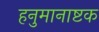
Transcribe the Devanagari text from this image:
हनुमानाष्टक